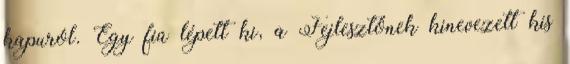
kapuról. Egy fiú lépett ki, a Fejlesztőnek kinevezett kis